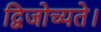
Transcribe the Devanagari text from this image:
द्विजोच्यते।